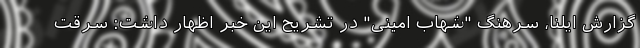
گزارش ایلنا، سرهنگ "شهاب امینی" در تشریح این خبر اظهار داشت: سرقت